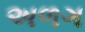
અળગ